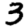
Digit: 3